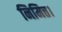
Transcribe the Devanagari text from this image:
निमित्त।